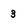
Character: 3